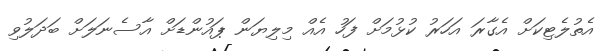
އެތުލެޓިކަށް އެގާރަ އަހަރު ކުޅުމަށް ފަހު އެއް މިލިޔަން ޕައުންޑަށް އާސެނަލަށް ބަދަލުވި